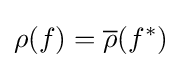
\rho (f)={\overline {\rho }}(f^{*})